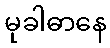
မုခါဓာနေ